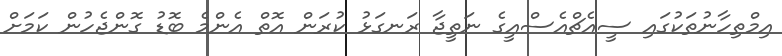
އިމްތިހާނުތަކުގައި ސީއެޗްއެސްއީގެ ނަތީޖާ ރަނގަޅު ކުރަން އޮތް އެންމެ ބޮޑު ގޮންޖެހުން ކަމަށް